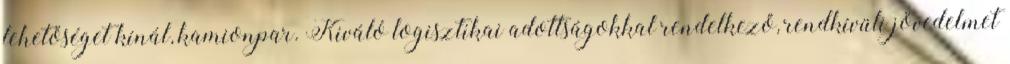
lehetőséget kínál, kamionpar. Kiváló logisztikai adottságokkal rendelkező, rendkívüli jövedelmet